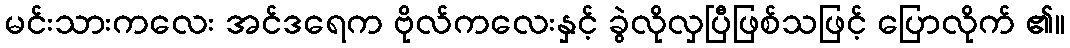
မင်းသားကလေး အင်ဒရေက ဗိုလ်ကလေးနှင့် ခွဲလိုလှပြီဖြစ်သဖြင့် ပြောလိုက် ၏။